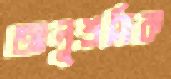
আলুশ্রমিক